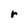
Character: r